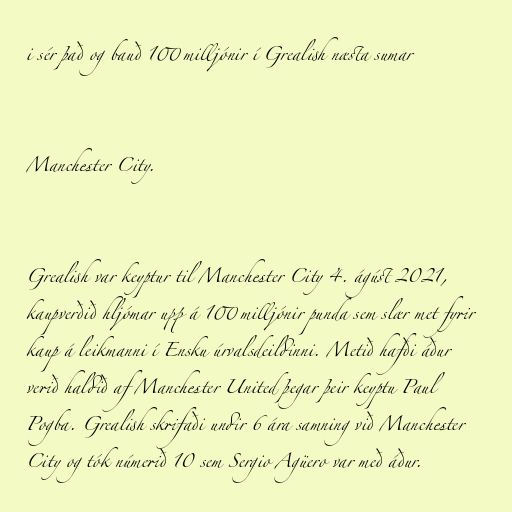
i sér það og bauð 100 milljónir í Grealish næsta sumar

Manchester City.

Grealish var keyptur til Manchester City 4. ágúst 2021,
kaupverðið hljómar upp á 100 milljónir punda sem slær met fyrir
kaup á leikmanni í Ensku úrvalsdeildinni. Metið hafði áður
verið haldið af Manchester United þegar þeir keyptu Paul
Pogba. Grealish skrifaði undir 6 ára samning við Manchester
City og tók númerið 10 sem Sergio Agüero var með áður.